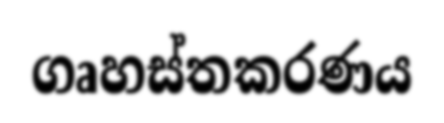
ගෘහස්තකරණය